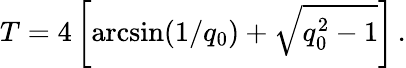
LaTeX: T=4\left[\arcsin(1/q_{0})+\sqrt{q_{0}^{2}-1}\right]\, .